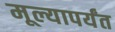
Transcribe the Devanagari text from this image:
मूल्यापर्यंत